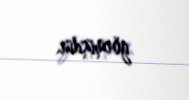
görmüşdür.